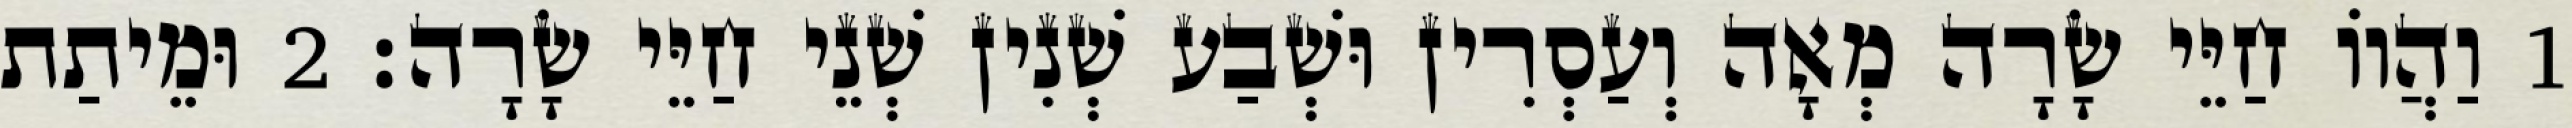
1 וַהֲווֹ חַיֵּי שָׂרָה מְאָה וְעַסְרִין וּשְׁבַע שְׁנִין שְׁנֵי חַיֵּי שָׂרָה׃ 2 וּמֵיתַת